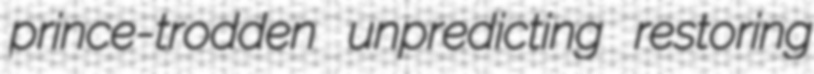
prince-trodden unpredicting restoring